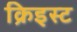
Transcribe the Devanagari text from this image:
क्रिइस्ट